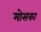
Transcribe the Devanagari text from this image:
मोसका